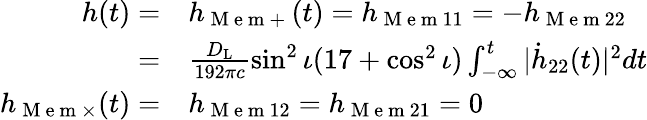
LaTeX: \begin{array}{rl}{h(t)=}&{{}h_{\mathrm{~M~e~m~+~}}(t)=h_{\mathrm{~M~e~m~}11}=-h_{\mathrm{~M~e~m~}22}}\\ {=}&{{}\frac{D_{\mathrm{{L}}}}{192\pi c}\sin^{2}\iota(17+\cos^{2}\iota)\int_{-\infty}^{t}\vert\dot{h}_{22}(t)\vert^{2}dt}\\ {h_{\mathrm{~M~e~m~}\times}(t)=}&{{}h_{\mathrm{~M~e~m~}12}=h_{\mathrm{~M~e~m~}21}=0}\end{array}